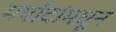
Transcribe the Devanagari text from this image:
मर्यादांमधून